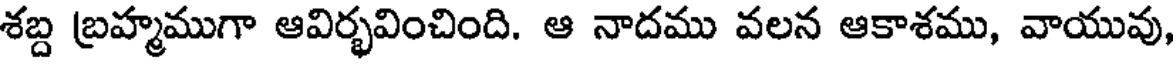
శబ్ద బ్రహ్మముగా ఆవిర్భవించింది. ఆ నాదము వలన ఆకాశము, వాయువు,